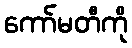
ကော်မတီကို